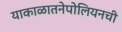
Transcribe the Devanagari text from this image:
याकाळातनेपोलियनची